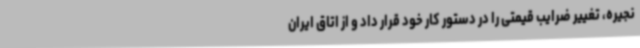
نجیره، تغییر ضرایب قیمتی را در دستور کار خود قرار داد و از اتاق ایران